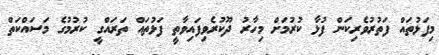
މިފަޅުތައް ފަތުރުވެރިކަން ފުޅާ ކުރުމަށް މިހާރު ދޫކުރެވިފައިވާތީ ފަޅުތައް ތަރައްގީ ކުރުމުގެ މަސައްކަތް